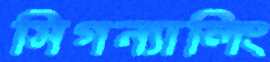
সিগন্যালিং